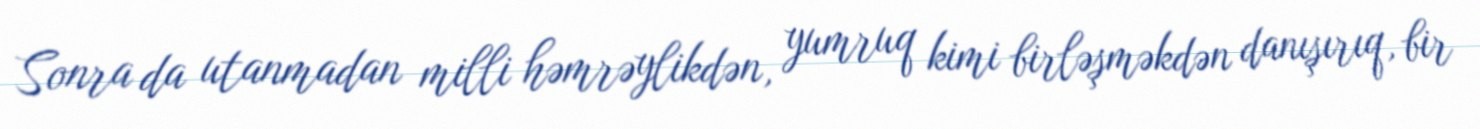
Sonra da utanmadan milli həmrəylikdən, yumruq kimi birləşməkdən danışırıq, bir